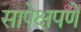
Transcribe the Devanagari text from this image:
सापेक्षपणे